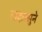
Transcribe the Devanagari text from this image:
तादात्सुने